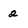
Character: 2